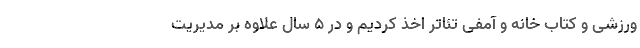
ورزشی و کتاب خانه و آمفی تئاتر اَخذ کردیم و در ۵ سال علاوه بر مدیریت